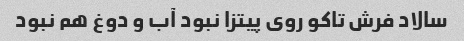
سالاد فرش تاکو روی پیتزا نبود آب و دوغ هم نبود